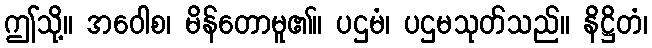
ဤသို့။ အဝေါစ၊ မိန်တောမူ၏။ ပဌမံ၊ ပဌမသုတ်သည်။ နိဋ္ဌိတံ၊